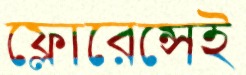
ফ্লোরেন্সেই